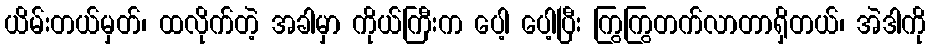
ယိမ်းတယ်မှတ်၊ ထလိုက်တဲ့ အခါမှာ ကိုယ်ကြီးက ပေါ့ ပေါ့ပြီး ကြွကြွတက်လာတာရှိတယ်၊ အဲဒါကို